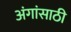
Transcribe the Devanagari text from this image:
अंगांसाठी